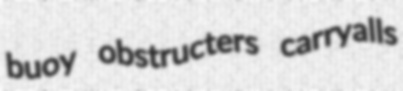
buoy obstructers carryalls